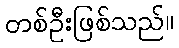
တစ်ဦးဖြစ်သည်။